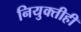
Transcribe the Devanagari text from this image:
नियुक्तीही